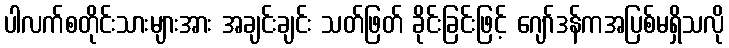
ပါလက်စတိုင်းသားများအား အချင်းချင်း သတ်ဖြတ် ခိုင်းခြင်းဖြင့် ဂျော်ဒန်ကအပြစ်မရှိသလို